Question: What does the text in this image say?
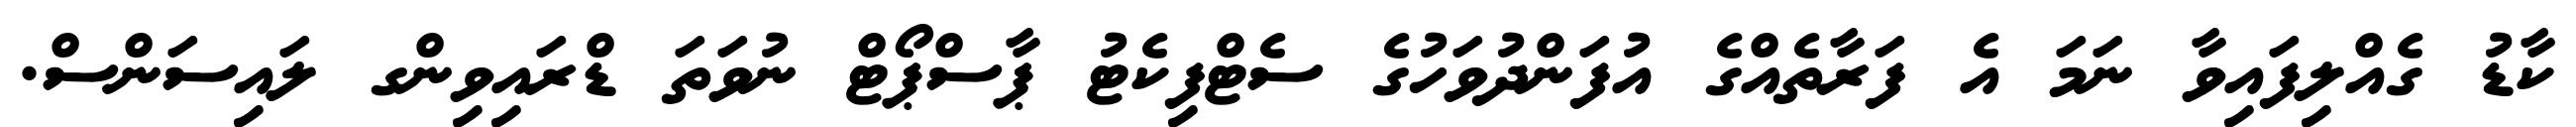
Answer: ކާޑު ގެއްލިފައިވާ ނަމަ އެ ފަރާތެއްގެ އުފަންދުވަހުގެ ސެޓްފިކެޓު ޕާސްޕޯޓް ނުވަތަ ޑްރައިވިންގ ލައިސަންސް.